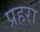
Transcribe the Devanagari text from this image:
प्रहरा